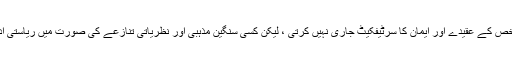
آئین کے تحت ریاست کسی بھی شخص کے عقیدے اور ایمان کا سرٹیفکیٹ جاری نہیں کرتی ، لیکن کسی سنگین مذہبی اور نظریاتی تنازعے کی صورت میں ریاستی ادارے اپنا آئینی کردار ادا کریں گے۔